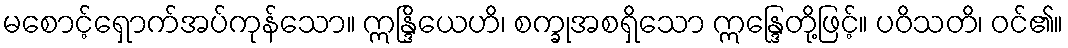
မစောင့်ရှောက်အပ်ကုန်သော။ ဣန္ဒြိယေဟိ၊ စက္ခုအစရှိသော ဣန္ဒြေတို့ဖြင့်။ ပဝိသတိ၊ ဝင်၏။